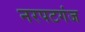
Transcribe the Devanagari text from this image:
नरपटगंज